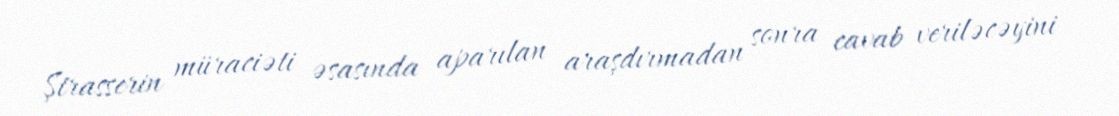
Ştrasserin müraciəti əsasında aparılan araşdırmadan sonra cavab veriləcəyini